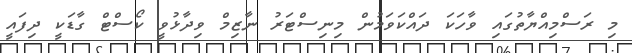
މި ރަސްމިއްޔާތުގައި ވާހަކަ ދައްކަވަމުން މިނިސްޓަރު ނާޒިމް ވިދާޅުވީ ކޯސްޓް ގާޑަކީ ދިފައީ